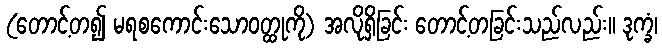
(တောင့်တ၍ မရစကောင်းသောဝတ္ထုကို) အလိုရှိခြင်း တောင့်တခြင်းသည်လည်း။ ဒုက္ခံ၊